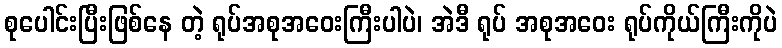
စုပေါင်းပြီးဖြစ်နေ တဲ့ ရုပ်အစုအဝေးကြီးပါပဲ၊ အဲဒီ ရုပ် အစုအဝေး ရုပ်ကိုယ်ကြီးကိုပဲ